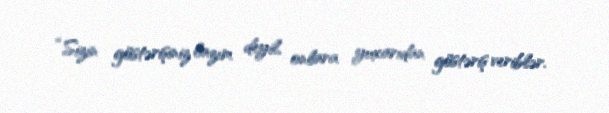
“Sizin göstərişiniz lazım deyil, onlara yuxarıdan göstəriş veriblər.